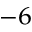
^ { - 6 }